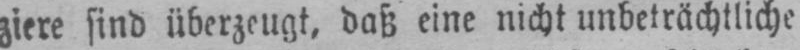
ziere sind überzeugt, daß eine nicht unbeträchtliche